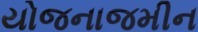
યોજનાજમીન